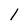
Character: 1